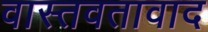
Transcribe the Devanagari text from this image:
वास्तवतावाद